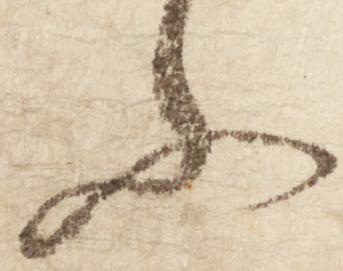
ふ